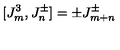
[ J _ { m } ^ { 3 } , J _ { n } ^ { \pm } ] = \pm J _ { m + n } ^ { \pm }